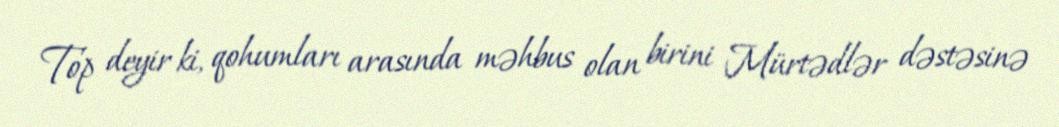
Top deyir ki, qohumları arasında məhbus olan birini Mürtədlər dəstəsinə